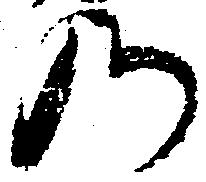
の